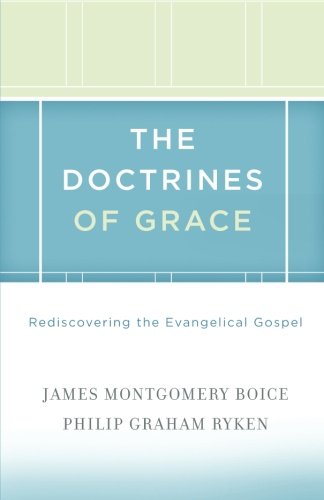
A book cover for The Doctrines of Grace: Rediscovering the Evangelical Gospel; James Montgomery Boice; Christian Books & Bibles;